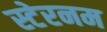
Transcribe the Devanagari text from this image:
स्टेरनम